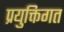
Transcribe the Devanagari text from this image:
प्रयुक्तिगत